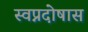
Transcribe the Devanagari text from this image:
स्वप्नदोषास